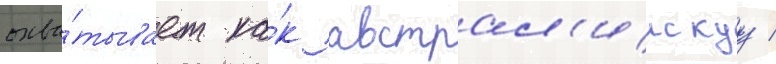
охва́тывает ка́к австрал'иискуу /